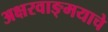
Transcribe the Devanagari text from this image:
अक्षरवाङ्‌मयाचे